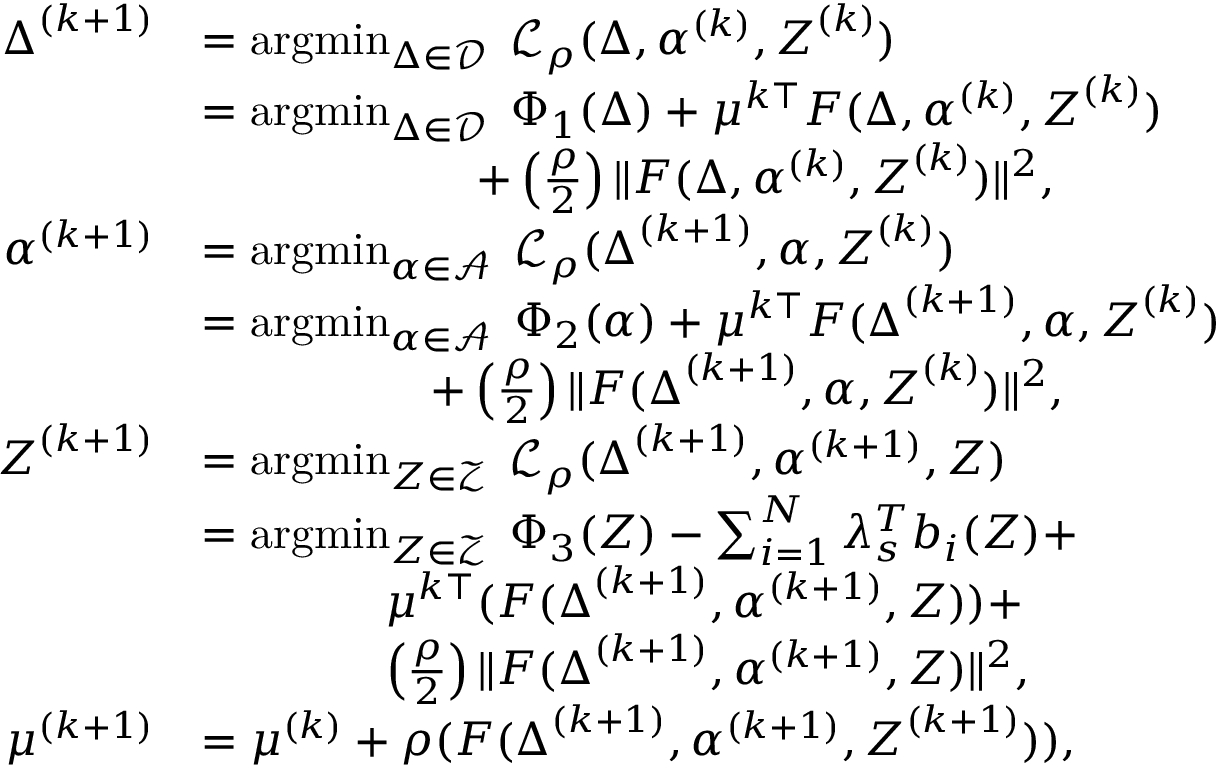
\begin{array} { r l } { \boldsymbol { \Delta } ^ { ( k + 1 ) } } & { = \operatorname { a r g m i n } _ { \boldsymbol { \Delta } \in \mathcal { D } } \; \mathcal { L } _ { \rho } ( \boldsymbol { \Delta } , \boldsymbol { \alpha } ^ { ( k ) } , \boldsymbol { Z } ^ { ( k ) } ) } \\ & { = \operatorname { a r g m i n } _ { \boldsymbol { \Delta } \in \mathcal { D } } \; \Phi _ { 1 } ( \boldsymbol { \Delta } ) + \mu ^ { k \top } F ( \boldsymbol { \Delta } , \boldsymbol { \alpha } ^ { ( k ) } , \boldsymbol { Z } ^ { ( k ) } ) } \\ & { \quad \quad \quad \quad \quad \quad + \left( \frac { \rho } { 2 } \right) \| F ( \boldsymbol { \Delta } , \boldsymbol { \alpha } ^ { ( k ) } , \boldsymbol { Z } ^ { ( k ) } ) \| ^ { 2 } , } \\ { \boldsymbol { \alpha } ^ { ( k + 1 ) } } & { = \operatorname { a r g m i n } _ { \boldsymbol { \alpha } \in \mathcal { A } } \; \mathcal { L } _ { \rho } ( \boldsymbol { \Delta } ^ { ( k + 1 ) } , \boldsymbol { \alpha } , \boldsymbol { Z } ^ { ( k ) } ) } \\ & { = \operatorname { a r g m i n } _ { \boldsymbol { \alpha } \in \mathcal { A } } \; \Phi _ { 2 } ( \boldsymbol { \alpha } ) + \mu ^ { k \top } F ( \boldsymbol { \Delta } ^ { ( k + 1 ) } , \boldsymbol { \alpha } , \boldsymbol { Z } ^ { ( k ) } ) } \\ & { \quad \quad \quad \quad \quad + \left( \frac { \rho } { 2 } \right) \| F ( \boldsymbol { \Delta } ^ { ( k + 1 ) } , \boldsymbol { \alpha } , \boldsymbol { Z } ^ { ( k ) } ) \| ^ { 2 } , } \\ { \boldsymbol { Z } ^ { ( k + 1 ) } } & { = \operatorname { a r g m i n } _ { \boldsymbol { Z } \in \mathcal { Z } } \; \mathcal { L } _ { \rho } ( \boldsymbol { \Delta } ^ { ( k + 1 ) } , \boldsymbol { \alpha } ^ { ( k + 1 ) } , \boldsymbol { Z } ) } \\ & { = \operatorname { a r g m i n } _ { \boldsymbol { Z } \in \mathcal { Z } } \; \Phi _ { 3 } ( \boldsymbol { Z } ) - \sum _ { i = 1 } ^ { N } \lambda _ { s } ^ { T } b _ { i } ( \boldsymbol { Z } ) + } \\ & { \quad \quad \quad \quad \mu ^ { k \top } ( F ( \boldsymbol { \Delta } ^ { ( k + 1 ) } , \boldsymbol { \alpha } ^ { ( k + 1 ) } , \boldsymbol { Z } ) ) + } \\ & { \quad \quad \quad \quad \left( \frac { \rho } { 2 } \right) \| F ( \boldsymbol { \Delta } ^ { ( k + 1 ) } , \boldsymbol { \alpha } ^ { ( k + 1 ) } , \boldsymbol { Z } ) \| ^ { 2 } , } \\ { \mu ^ { ( k + 1 ) } } & { = \mu ^ { ( k ) } + \rho ( F ( \boldsymbol { \Delta } ^ { ( k + 1 ) } , \boldsymbol { \alpha } ^ { ( k + 1 ) } , \boldsymbol { Z } ^ { ( k + 1 ) } ) ) , } \end{array}